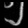
Digit: ၅